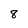
Character: 8